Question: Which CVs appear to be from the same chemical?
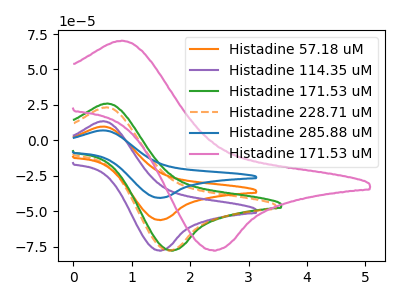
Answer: <think>The orange curve "Histadine 57.18 uM" has an anodic peak at (0.50V, 9.75uA) and a cathodic peak at (1.50V, -56.10uA). The purple curve "Histadine 114.35 uM" has an anodic peak at (0.50V, 13.50uA) and a cathodic peak at (1.50V, -77.65uA). The green curve "Histadine 171.53 uM" has an anodic peak at (0.60V, 26.00uA) and a cathodic peak at (1.70V, -77.60uA). The orange dashed curve "Histadine 228.71 uM" has an anodic peak at (0.55V, 23.30uA) and a cathodic peak at (1.65V, -77.60uA). The blue curve "Histadine 285.88 uM" has an anodic peak at (0.50V, 19.55uA) and a cathodic peak at (1.50V, -112.20uA). The pink curve "Histadine 171.53 uM" has an anodic peak at (0.85V, 70.30uA) and a cathodic peak at (2.40V, -77.50uA).
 All the peaks in "Histadine 57.18 uM" have a peak in "Histadine 114.35 uM" at the same potential. Every peak in "Histadine 57.18 uM" is lower than every peak in "Histadine 114.35 uM". "Histadine 57.18 uM" and "Histadine 171.53 uM" have at least one peak that do not match. "Histadine 57.18 uM" and "Histadine 228.71 uM" have at least one peak that do not match. All the peaks in "Histadine 57.18 uM" have a peak in "Histadine 285.88 uM" at the same potential. Every peak in "Histadine 57.18 uM" is lower than every peak in "Histadine 285.88 uM". "Histadine 57.18 uM" and "Histadine 171.53 uM" have at least one peak that do not match. "Histadine 114.35 uM" and "Histadine 171.53 uM" have at least one peak that do not match. "Histadine 114.35 uM" and "Histadine 228.71 uM" have at least one peak that do not match. All the peaks in "Histadine 114.35 uM" have a peak in "Histadine 285.88 uM" at the same potential. Every peak in "Histadine 114.35 uM" is lower than every peak in "Histadine 285.88 uM". "Histadine 114.35 uM" and "Histadine 171.53 uM" have at least one peak that do not match. All the peaks in "Histadine 171.53 uM" have a peak in "Histadine 228.71 uM" at the same potential. "Histadine 171.53 uM" and "Histadine 285.88 uM" have at least one peak that do not match. "Histadine 171.53 uM" and "Histadine 171.53 uM" have at least one peak that do not match. "Histadine 228.71 uM" and "Histadine 285.88 uM" have at least one peak that do not match. "Histadine 228.71 uM" and "Histadine 171.53 uM" have at least one peak that do not match. "Histadine 285.88 uM" and "Histadine 171.53 uM" have at least one peak that do not match.</think>
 <answer>"Histadine 114.35 uM", "Histadine 57.18 uM" and "Histadine 285.88 uM" have the same shape and are likely CV's of the same chemical.</answer>
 <eval>"Histadine 114.35 uM" "Histadine 57.18 uM" "Histadine 285.88 uM"</eval>